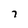
Character: 7